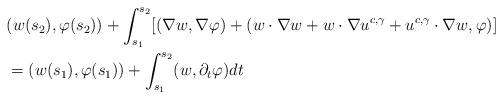
LaTeX: \begin{align*}&(w(s_{2}),\varphi(s_{2}))+\int_{s_{1}}^{s_{2}}[(\nabla w,\nabla\varphi)+(w\cdot\nabla w+w\cdot\nabla u^{c,\gamma}+u^{c,\gamma}\cdot\nabla w,\varphi)]\\&=(w(s_{1}),\varphi(s_{1}))+\int^{s_{2}}_{s_{1}}(w,\partial_{t}\varphi)dt\end{align*}